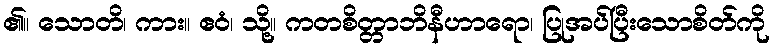
၏။ သောတိ၊ ကား။ ဧဝံ၊ သို့။ ကတစိတ္တာဘိနီဟာရော၊ ပြုအပ်ပြီးသောစိတ်ကို